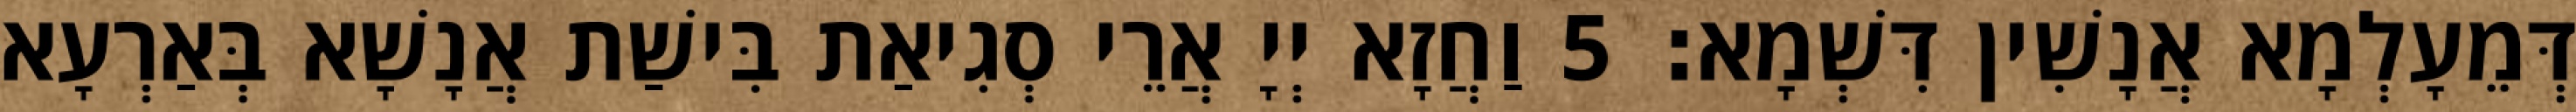
דְּמֵעָלְמָא אֲנָשִׁין דִּשְׁמָא׃ 5 וַחֲזָא יְיָ אֲרֵי סְגִיאַת בִּישַׁת אֲנָשָׁא בְּאַרְעָא